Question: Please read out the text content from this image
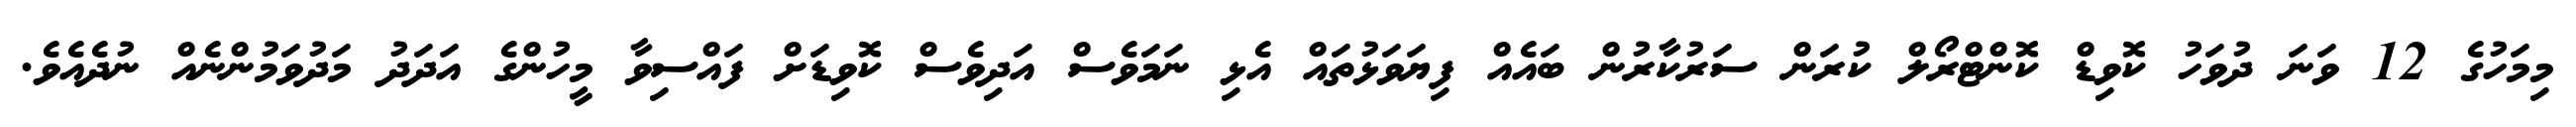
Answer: މިމަހުގެ 12 ވަނަ ދުވަހު ކޮވިޑް ކޮންޓްރޯލް ކުރަން ސަރުކާރުން ބައެއް ފިޔަވަޅުތައް އެޅި ނަމަވެސް އަދިވެސް ކޮވިޑަށް ފައްސިވާ މީހުންގެ އަދަދު މަދުވަމުންނެއް ނުދެއެވެ.